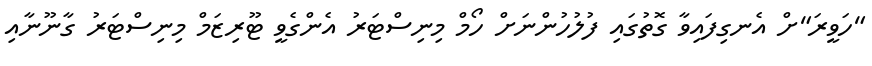
"ހަވީރަ"ށް އެނގިފައިވާ ގޮތުގައި ފުލުހުންނަށް ހޯމް މިނިސްޓަރު އެންގެވީ ޓޫރިޒަމް މިނިސްޓަރު ގާނޫނާއި